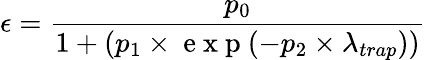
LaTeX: \epsilon=\frac{p_{0}}{1+(p_{1}\times\mathrm{~e~x~p~}(-p_{2}\times\lambda_{trap}))}